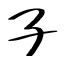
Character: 子